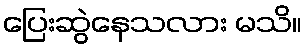
ပြေးဆွဲနေသလား မသိ။